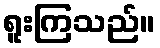
ရူးကြသည်။